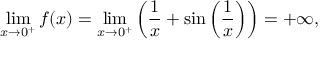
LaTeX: \operatorname* { l i m } _ { x \to 0 ^ { + } } f ( x ) = \operatorname* { l i m } _ { x \to 0 ^ { + } } \left( { \frac { 1 } { x } } + \sin \left( { \frac { 1 } { x } } \right) \right) = + \infty ,